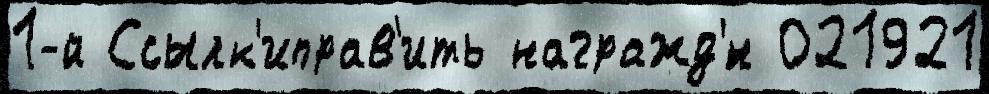
1-й Ссылк'иправ'ить награжд'́н 021921